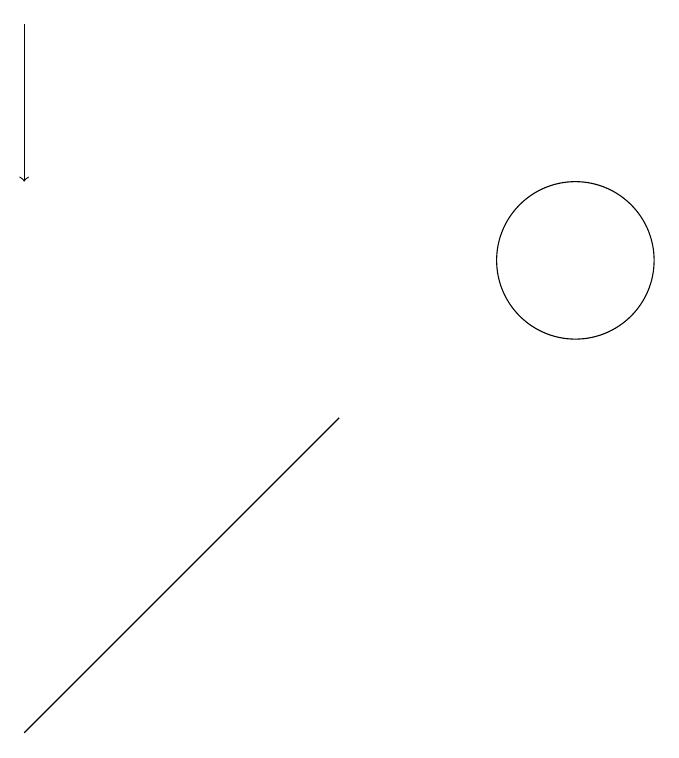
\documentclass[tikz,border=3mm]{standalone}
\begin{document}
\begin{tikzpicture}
\draw (12,11) circle (1);
\draw[->] (5,14) -- (5,12);
\draw (5,5) -- (5,5) -- (9,9) -- cycle;
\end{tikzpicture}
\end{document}